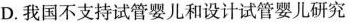
D.我国不支持试管婴儿和设计试管婴儿研究